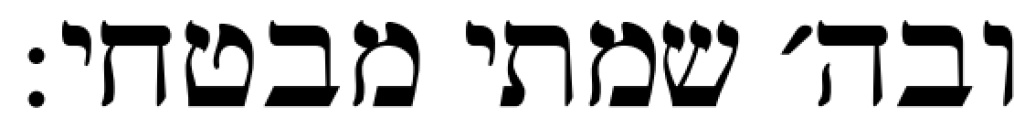
ובה׳ שמתי מבטחי: